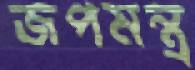
জপমন্ত্র